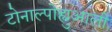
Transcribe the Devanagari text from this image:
टोनाल्पोह्युआली